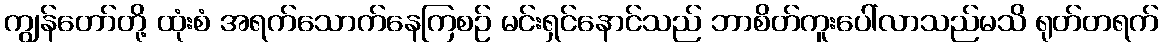
ကျွန်တော်တို့ ထုံးစံ အရက်သောက်နေကြစဉ် မင်းရှင်နောင်သည် ဘာစိတ်ကူးပေါ်လာသည်မသိ ရုတ်တရက်